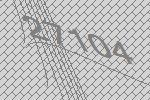
27104